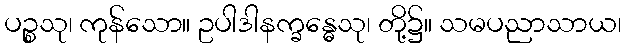
ပဉ္စသု၊ ကုန်သော။ ဥပါဒါနက္ခန္ဓေသု၊ တို့၌။ သမပညာသာယ၊